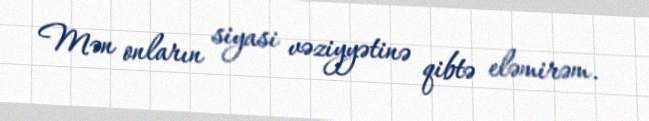
Mən onların siyasi vəziyyətinə qibtə eləmirəm.